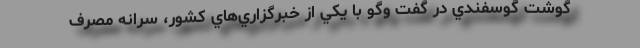
گوشت گوسفندي در گفت‌ وگو با يكي از خبرگزاري‌هاي كشور، سرانه مصرف